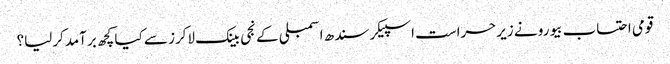
قومی احتساب بیورو نے زیرحراست اسپیکر سندھ اسمبلی کے نجی بینک لاکرز سے کیا کچھ برآمدکرلیا؟